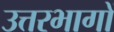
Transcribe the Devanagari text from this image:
उत्तरभागों